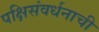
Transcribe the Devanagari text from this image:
पक्षिसंवर्धनाची